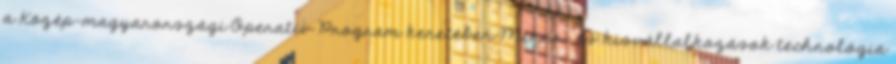
a Közép-magyarországi Operatív Program keretében Mikro- és kisvállalkozások technológia